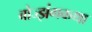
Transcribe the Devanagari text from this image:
बोज्झंगकथा